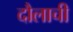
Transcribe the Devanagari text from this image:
दौलाची